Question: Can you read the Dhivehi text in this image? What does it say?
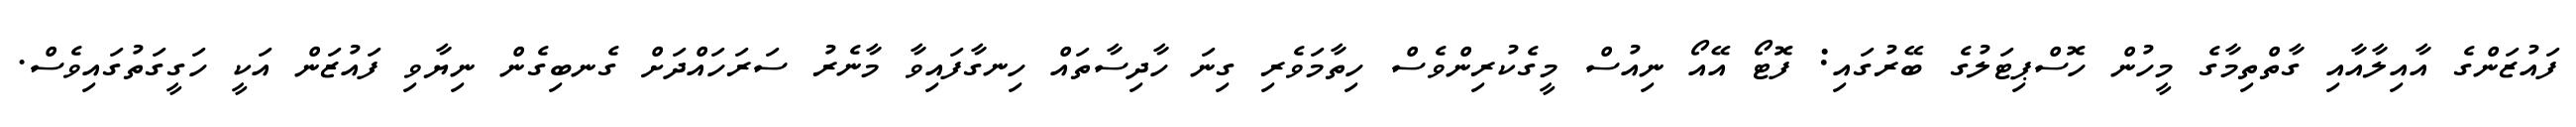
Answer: ފައުޒަންގެ އާއިލާއާއި ގާތްތިމާގެ މީހުން ހޮސްޕިޓަލުގެ ބޭރުގައި: ފޮޓޯ އޭއޯ ނިއުސް މީގެކުރިންވެސް ހިތާމަވެރި ގިނަ ހާދިސާތައް ހިނގާފައިވާ މާނެރު ސަރަހައްދަށް ގެނބިގެން ނިޔާވި ފައުޒަން އަކީ ހަގީގަތުގައިވެސް.